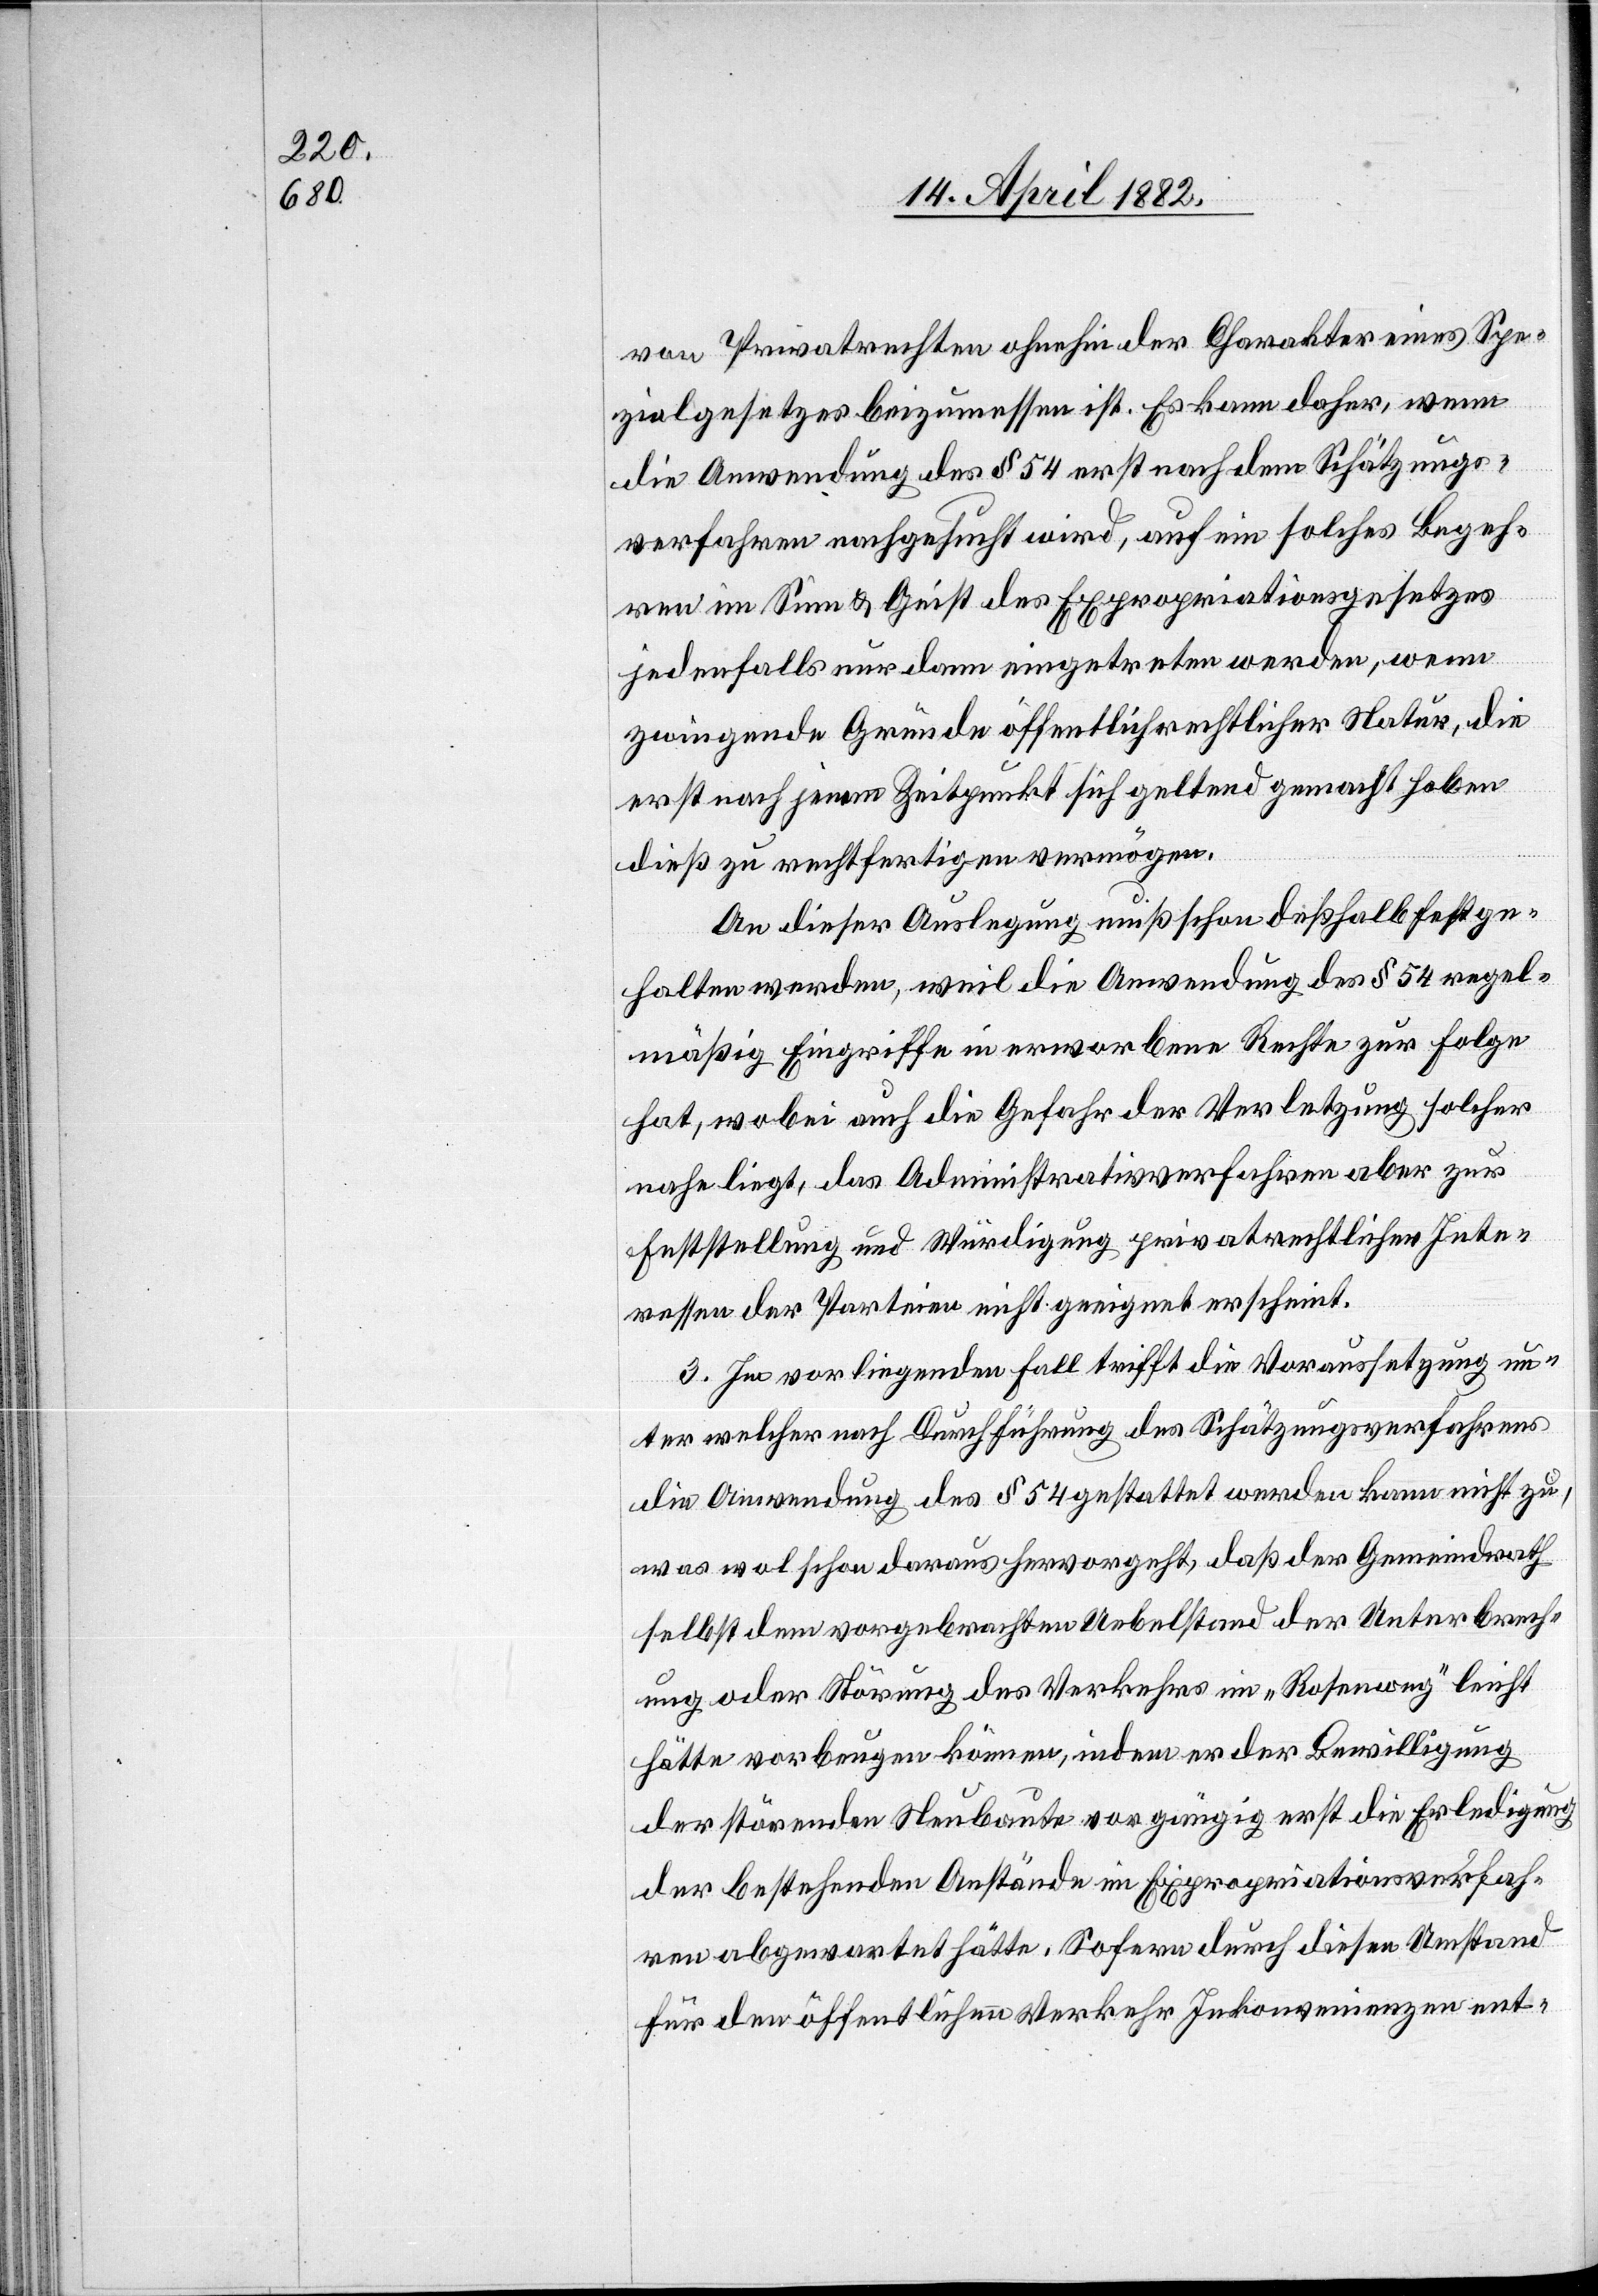
von Privatrechten ohnehin der Charakter eines Spe¬
zialgesetzes beizumessen ist. Es kann daher, wenn
die Anwendung des § 54 erst nach dem Schätzungs¬
verfahren nachgesucht wird, auf ein solches Begeh¬
ren im Sinn & Geist des Expropriationsgesetzes
jedenfalls nur dann eingetreten werden, wenn
zwingende Gründe öffentlich[-]rechtlicher Natur, die
erst nach jenem Zeitpunkt sich geltend gemacht haben
dieß zu rechtfertigen vermögen.
An dieser Auslegung muß schon deßhalb festge¬
halten werden, weil die Anwendung des § 54 regel¬
mäßig Eingriffe in erworbene Rechte zur Folge
hat, wobei auch die Gefahr der Verletzung solcher
nahe liegt, das Administrativverfahren aber zur
Feststellung und Würdigung privatrechtlicher Inte¬
ressen der Parteien nicht geeignet erscheint.
3. Im vorliegenden Fall trifft die Voraussetzung un¬
ter welcher nach Durchführung des Schätzungsverfahrens
die Anwendung des § 54 gestattet werden kann nicht zu,
was wol schon daraus hervorgeht, daß der Gemeindrath
selbst dem vorgebrachten Uebelstand der Unterbrech¬
ung oder Störung des Verkehrs im „Rosenweg“ leicht
hätte vorbeuten können, indem er der Bewilligung
der störenden Neubaute vorgängig erst die Erledigung
der bestehenden Anstände im Expropriationsverfah¬
ren abgewartet hätte. Sofern durch diesen Umstand
für den öffentlichen Verkehr Inkonvenienzen ent-